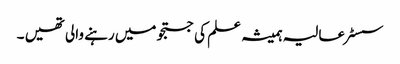
سسٹر عالیہ ہمیشہ علم کی جستجو میں رہنے والی تھیں ۔